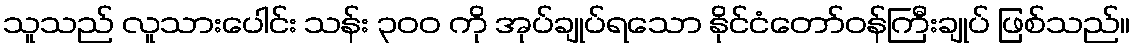
သူသည် လူသားပေါင်း သန်း ၃၀၀ ကို အုပ်ချုပ်ရသော နိုင်ငံတော်ဝန်ကြီးချုပ် ဖြစ်သည်။